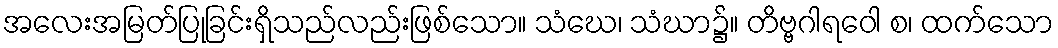
အလေးအမြတ်ပြုခြင်းရှိသည်လည်းဖြစ်သော။ သံဃေ၊ သံဃာ၌။ တိဗ္ဗဂါရဝေါ စ၊ ထက်သော